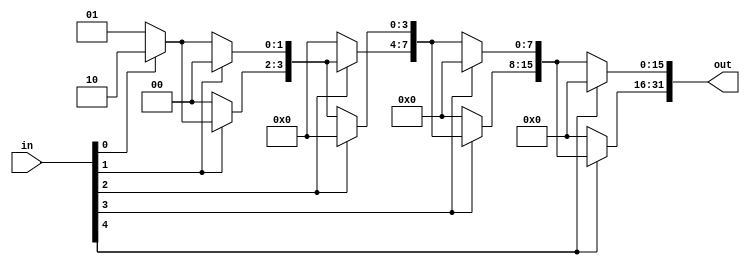
module decoder_5_32(out, in);
	input [4:0] in;
	output [31:0] out;
	
	wire [1:0] out1;
	wire [3:0] out2;
	wire [7:0] out3;
	wire [15:0] out4;
	
	assign out1 = in[0] ? 2'b10 : 2'b01;
	assign out2[3:2] = in[1] ? out1 : 2'b00;
	assign out2[1:0] = in[1] ? 2'b00 : out1;
	assign out3[7:4] = in[2] ? out2 : 4'b0000;
	assign out3[3:0] = in[2] ? 4'b0000 : out2;
	assign out4[15:8] = in[3] ? out3 : 8'b00000000;
	assign out4[7:0] = in[3] ? 8'b00000000 : out3;
	assign out[31:16] = in[4] ? out4 : 16'h0000;
	assign out[15:0] = in[4] ? 16'h0000 : out4;

endmodule